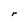
Character: r